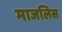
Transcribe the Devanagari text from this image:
माजलिस